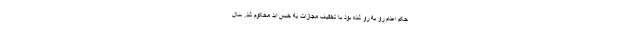
حکم اعدام رو به رو شده بود با تخفیف مجازات به حبس ابد محکوم شد. سال